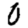
Digit: 0